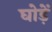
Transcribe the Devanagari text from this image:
घोड़ें